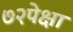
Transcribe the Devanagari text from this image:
७२पेक्षा